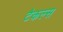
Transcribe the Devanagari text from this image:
टैकल्स